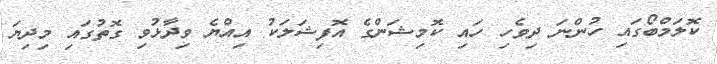
ކޮލަމްބޯގައި ހުންނަ ދިވެހި ހައި ކޮމިޝަންގެ އޮފިޝަލަކު އިއްޔެ ވިދާޅުވި ގޮތުގައި މިދިޔަ